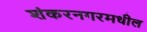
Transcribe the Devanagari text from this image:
शंकरनगरमधील